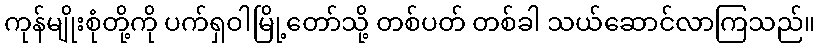
ကုန်မျိုးစုံတို့ကို ပက်ရှဝါမြို့တော်သို့ တစ်ပတ် တစ်ခါ သယ်ဆောင်လာကြသည်။